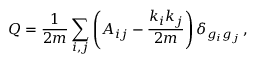
Q = \frac { 1 } { 2 m } \sum _ { i , j } \left( A _ { i j } - \frac { k _ { i } k _ { j } } { 2 m } \right) \delta _ { g _ { i } g _ { j } } \, ,